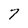
Character: 7